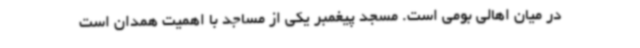
در میان اهالی بومی است. مسجد پیغمبر یکی از مساجد با اهمیت همدان است